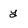
Character: y